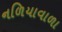
નળિયાવાળા